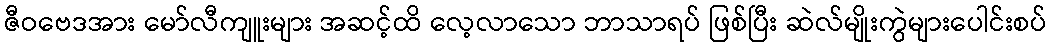
ဇီဝဗေဒအား မော်လီကျူးများ အဆင့်ထိ လေ့လာသော ဘာသာရပ် ဖြစ်ပြီး ဆဲလ်မျိုးကွဲများပေါင်းစပ်